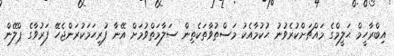
އިބްރާހީމް ޙަލީމްގެ މައްޗަށްކުރެވުނު ޙުކުމާއެކު މަސްތުވާތަކެތިން ސަލާމަތްވުމަށް އޭނާ ފުރިހަމަކުރަންޖެހޭ ފަރުވާގެ ޕްލޭން